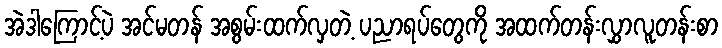
အဲဒါကြောင့်ပဲ အင်မတန် အစွမ်းထက်လှတဲ့ ပညာရပ်တွေကို အထက်တန်းလွှာလူတန်းစာ